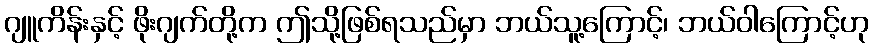
ဂျူကိန်းနှင့် ဖိုးဂျက်တို့က ဤသို့ဖြစ်ရသည်မှာ ဘယ်သူ့ကြောင့်၊ ဘယ်ဝါကြောင့်ဟု